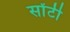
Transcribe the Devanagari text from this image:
सोंटी